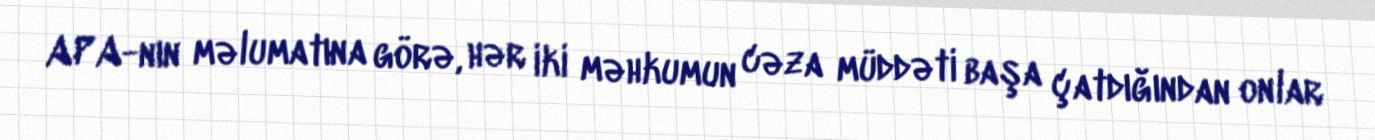
APA-nın məlumatına görə, hər iki məhkumun cəza müddəti başa çatdığından onlar